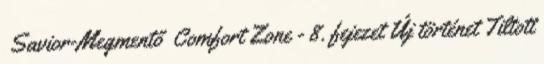
Savior-Megmentő Comfort Zone - 8. fejezet Új történet Tiltott